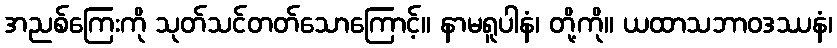
အညစ်ကြေးကို သုတ်သင်တတ်သောကြောင့်။ နာမရူပါနံ၊ တို့ကို။ ယထာသဘာဝဒဿနံ၊